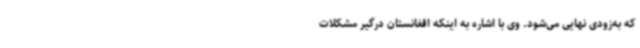
که به‌زودی نهایی می‌شود. وی با اشاره به اینکه افغانستان درگیر مشکلات